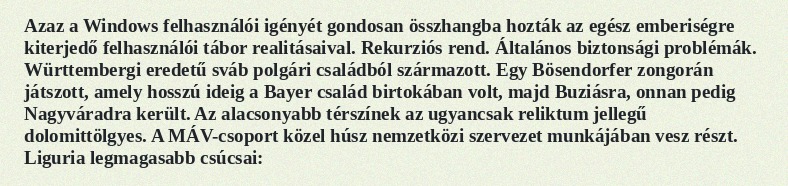
Azaz a Windows felhasználói igényét gondosan összhangba hozták az egész emberiségre kiterjedő felhasználói tábor realitásaival. Rekurziós rend. Általános biztonsági problémák. Württembergi eredetű sváb polgári családból származott. Egy Bösendorfer zongorán játszott, amely hosszú ideig a Bayer család birtokában volt, majd Buziásra, onnan pedig Nagyváradra került. Az alacsonyabb térszínek az ugyancsak reliktum jellegű dolomittölgyes. A MÁV-csoport közel húsz nemzetközi szervezet munkájában vesz részt. Liguria legmagasabb csúcsai: